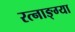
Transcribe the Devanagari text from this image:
रत्नाङ्ग्या